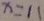
x = 1 1